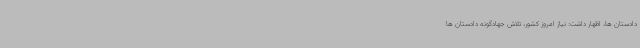
دادستان ها، اظهار داشت: نیاز امروز کشور، تلاش جهادگونه دادستان ها